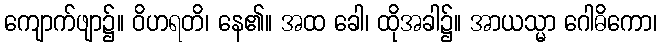
ကျောက်ဖျာ၌။ ဝိဟရတိ၊ နေ၏။ အထ ခေါ၊ ထိုအခါ၌။ အာယသ္မာ ဂေါဓိကော၊